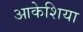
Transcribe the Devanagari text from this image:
आकेशिया